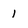
Character: 1